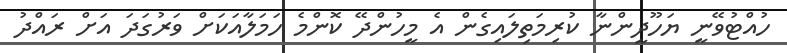
ހުއްޓުވޭނީ ޔަހޫދީންނާ ކުރިމަތިލައިގެން އެ މީހުންދޭ ކޮންމެ ހަމަލާއަކަށް ވަރުގަދަ އަށް ރައްދު